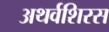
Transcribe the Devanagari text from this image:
अथर्वशिरस